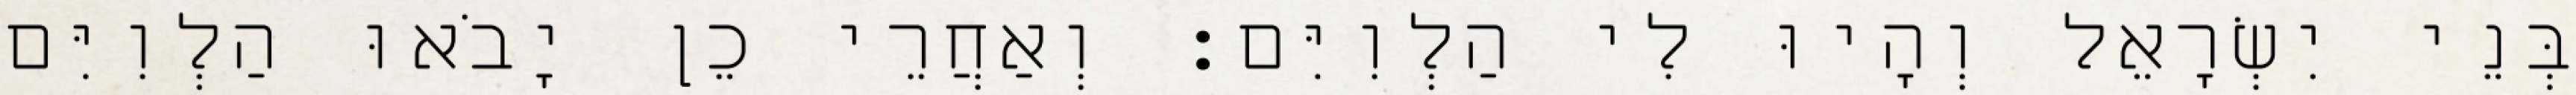
בְּנֵי יִשְׂרָאֵל וְהָיוּ לִי הַלְוִיִּם׃ וְאַחֲרֵי כֵן יָבֹאוּ הַלְוִיִּם